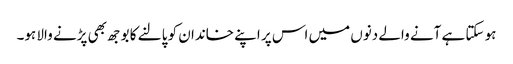
ہو سکتا ہے آنے والے دنوں میں اس پر اپنے خاندان کو پالنے کا بوجھ بھی پڑنے والا ہو۔